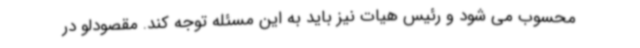
محسوب می شود و رئیس هیات نیز باید به این مسئله توجه کند. مقصودلو در